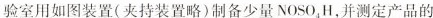
验室用如图装置(夹持装置略)制备少量NOSO_{4}H，并测定产品的